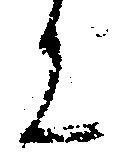
に